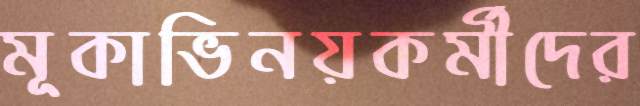
মূকাভিনয়কর্মীদের